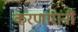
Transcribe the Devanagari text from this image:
करणारांनी